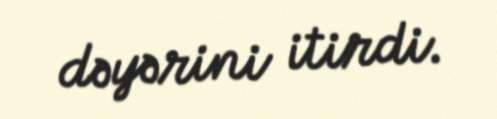
dəyərini itirdi.